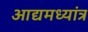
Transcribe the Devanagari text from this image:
आद्यमध्यांत्र